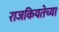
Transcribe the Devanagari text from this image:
राजकियतेच्या